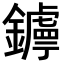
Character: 𨮣